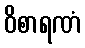
ဝိစာရဏံ